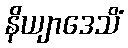
နိယျာဒေသိံ